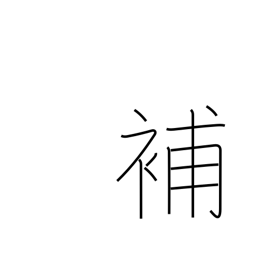
Meaning: supplement